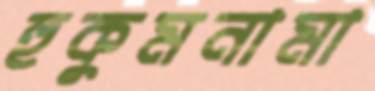
হুকুমনামা